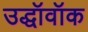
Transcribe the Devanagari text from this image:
उद्धॉवॉक